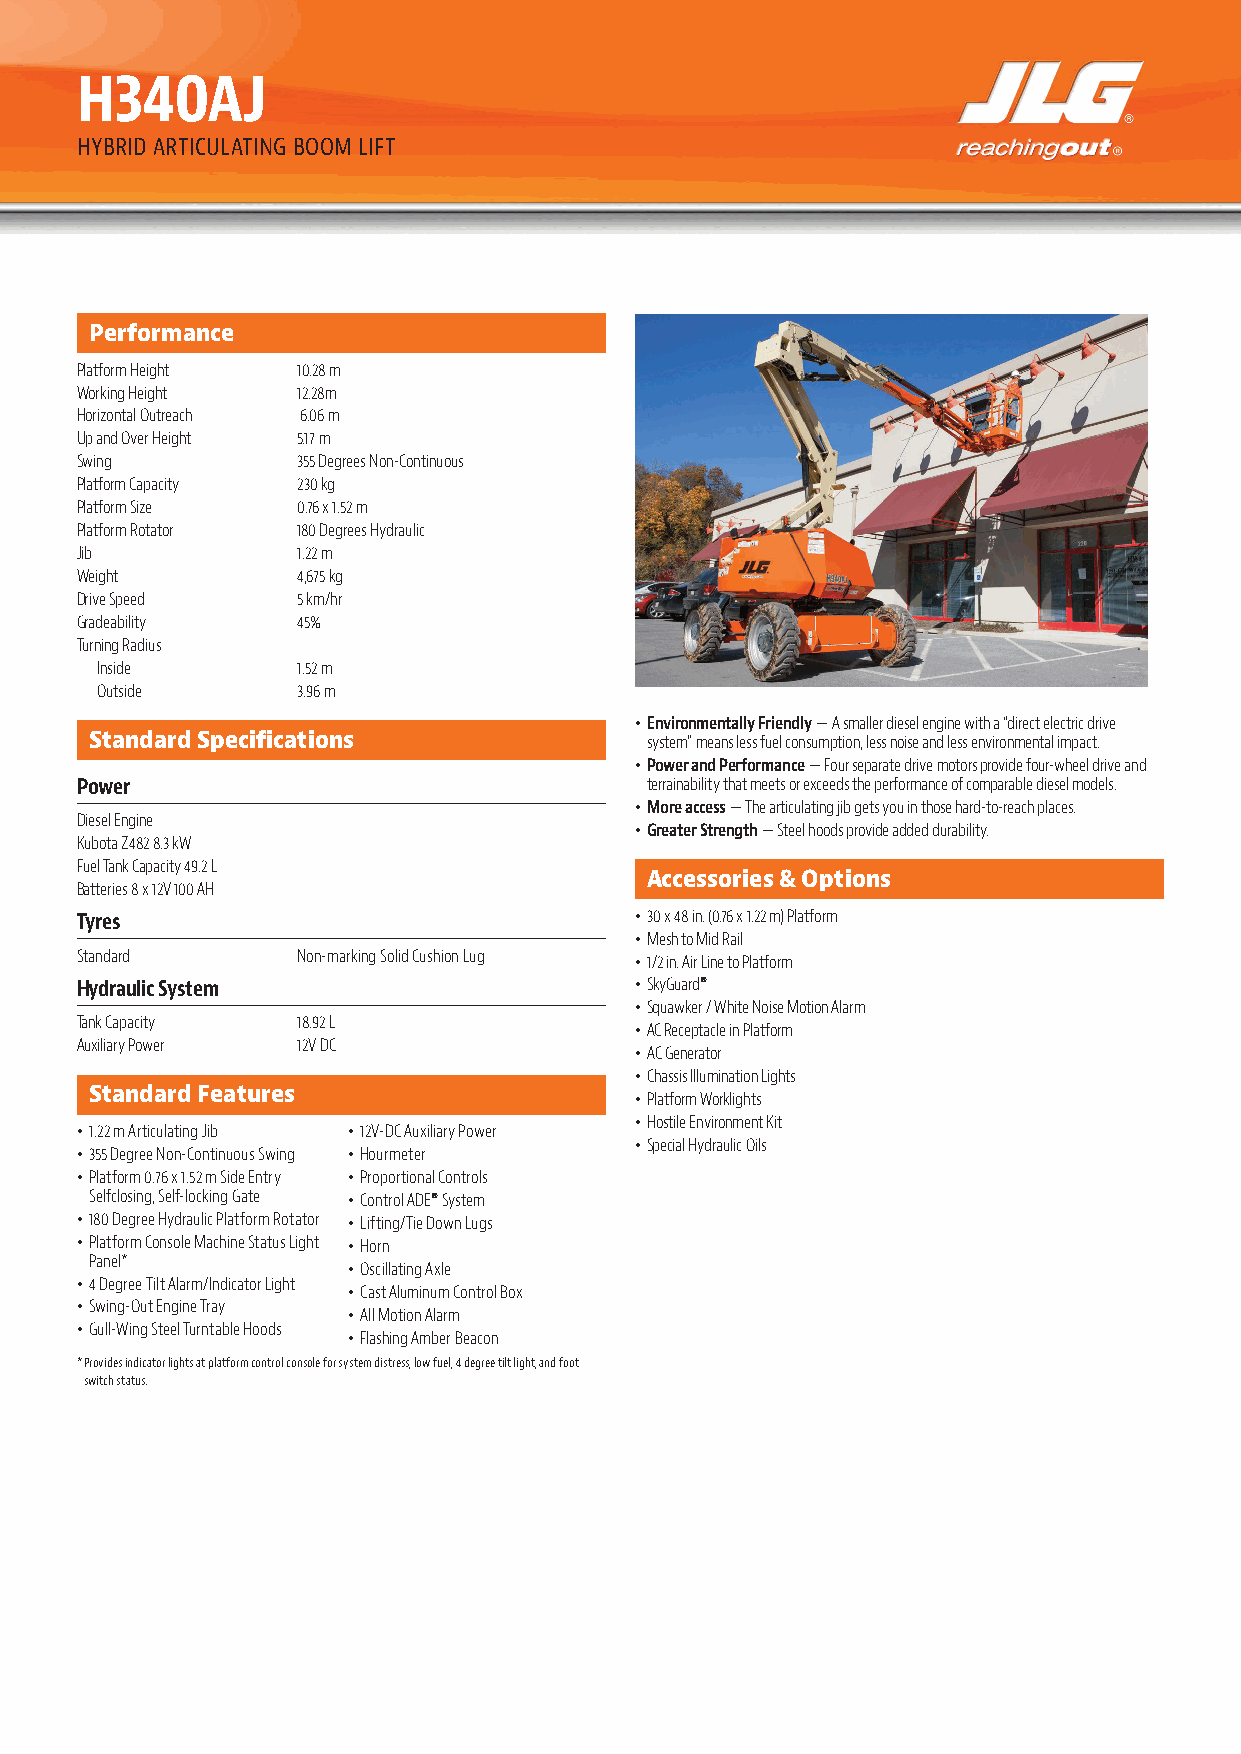
H340AJ
 HYBRID ARTICULATING BOOM LIFT
 Performance
 Platform Height 10.28 m
 Working Height 12.28m
 Horizontal Outreach 6.06 m
 Up and Over Height 5.17 m
 Swing          355 Degrees Non-Continuous
 Platform Capacity 230 kg
 Platform Size  0.76 x 1.52 m
 Platform Rotator 180 Degrees Hydraulic
 Jib            1.22 m
 Weight         4,675 kg
 Drive Speed    5 km/hr
 Gradeability   45%
 Turning Radius
 Inside        1.52 m
 Outside       3.96 m
 • Environmentally Friendly — A smaller diesel engine with a “direct electric drive
 Standard Specifications              system” means less fuel consumption, less noise and less environmental impact.
 • Power and Performance — Four separate drive motors provide four-wheel drive and
 Power                                 terrainability that meets or exceeds the performance of comparable diesel models.
 • More access — The articulating jib gets you in those hard-to-reach places.
 Diesel Engine
 • Greater Strength — Steel hoods provide added durability.
 Kubota Z482 8.3 kW
 Fuel Tank Capacity 49.2 L
 Accessories & Options
 Batteries 8 x 12V 100 AH
 Tyres                                • 30 x 48 in. (0.76 x 1.22 m) Platform
 • Mesh to Mid Rail
 Standard       Non-marking Solid Cushion Lug • 1/2 in. Air Line to Platform
 Hydraulic System                     • SkyGuard®
 • Squawker / White Noise Motion Alarm
 Tank Capacity  18.92 L
 • AC Receptacle in Platform
 Auxiliary Power 12V DC
 • AC Generator
 • Chassis Illumination Lights
 Standard Features
 • Platform Worklights
 • Hostile Environment Kit
 • 1.22 m Articulating Jib • 12V-DC Auxiliary Power
 • Special Hydraulic Oils
 • 355 Degree Non-Continuous Swing • Hourmeter
 • Platform 0.76 x 1.52 m Side Entry • Proportional Controls
 Selfclosing, Self-locking Gate • Control ADE® System
 • 180 Degree Hydraulic Platform Rotator • Lifting/Tie Down Lugs
 • Platform Console Machine Status Light • Horn
 Panel*
 • Oscillating Axle
 • 4 Degree Tilt Alarm/Indicator Light
 • Cast Aluminum Control Box
 • Swing-Out Engine Tray
 • All Motion Alarm
 • Gull-Wing Steel Turntable Hoods
 • Flashing Amber Beacon
 * P rovides indicator lights at platform control console for system distress, low fuel, 4 degree tilt light, and foot
 switch status.